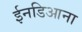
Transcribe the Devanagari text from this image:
ईनडिआना